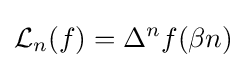
{\mathcal {L}}_{n}(f)=\Delta ^{n}f(\beta n)